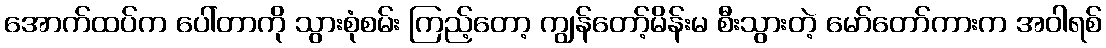
အောက်ထပ်က ပေါ်တာကို သွားစုံစမ်း ကြည့်တော့ ကျွန်တော့်မိန်းမ စီးသွားတဲ့ မော်တော်ကားက အဝါရစ်